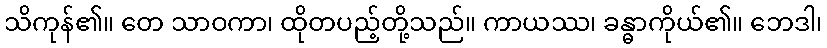
သိကုန်၏။ တေ သာဝကာ၊ ထိုတပည့်တို့သည်။ ကာယဿ၊ ခန္ဓာကိုယ်၏။ ဘေဒါ၊